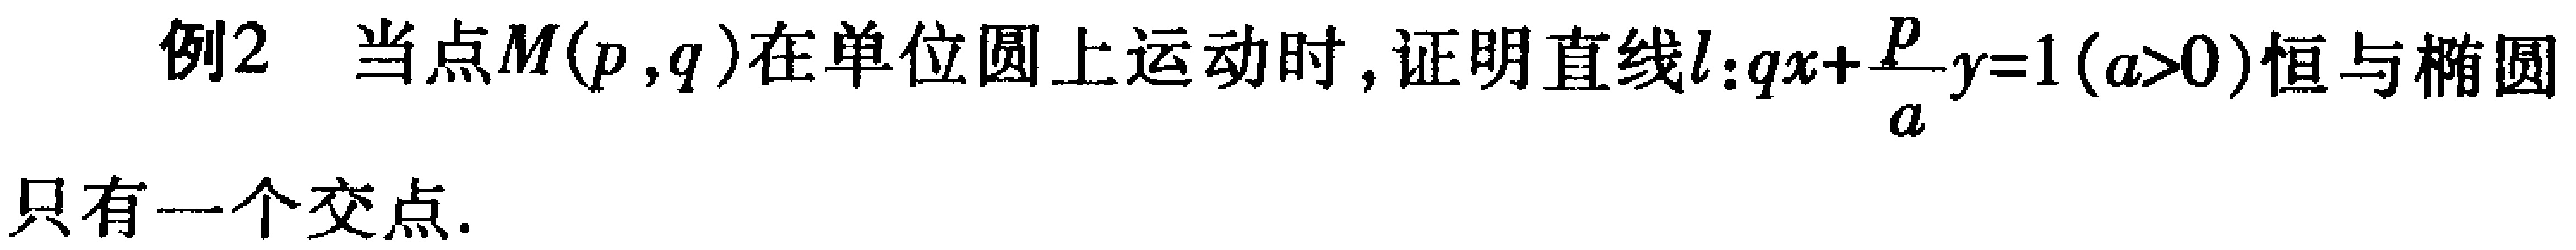
例2 当点\(M(p,q)\)在单位圆上运动时，证明直线\(l: qx+\frac{p}{a}y = 1(a>0)\)恒与椭圆只有一个交点.